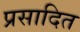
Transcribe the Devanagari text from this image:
प्रसादित